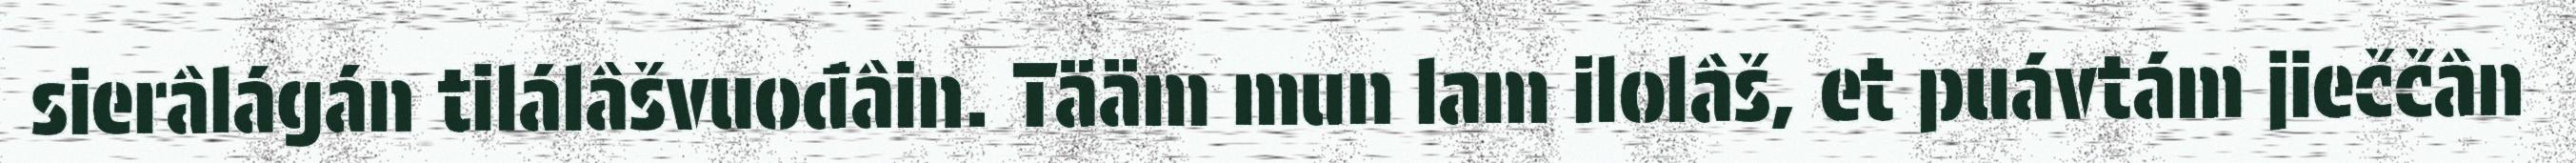
sierâlágán tilálâšvuođâin. Tääm mun lam ilolâš, et puávtám jieččân